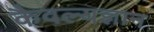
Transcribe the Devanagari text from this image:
कैवल्यज्ञान